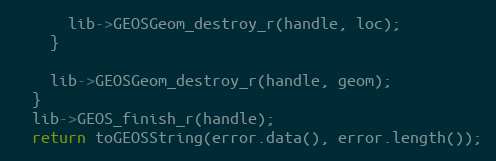
Language: C++
      lib->GEOSGeom_destroy_r(handle, loc);
    }

    lib->GEOSGeom_destroy_r(handle, geom);
  }
  lib->GEOS_finish_r(handle);
  return toGEOSString(error.data(), error.length());